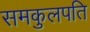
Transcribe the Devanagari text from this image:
समकुलपति